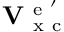
\mathbf { V } _ { \mathrm { ~ x ~ c ~ } } ^ { \mathrm { ~ e ~ } ^ { \prime } }